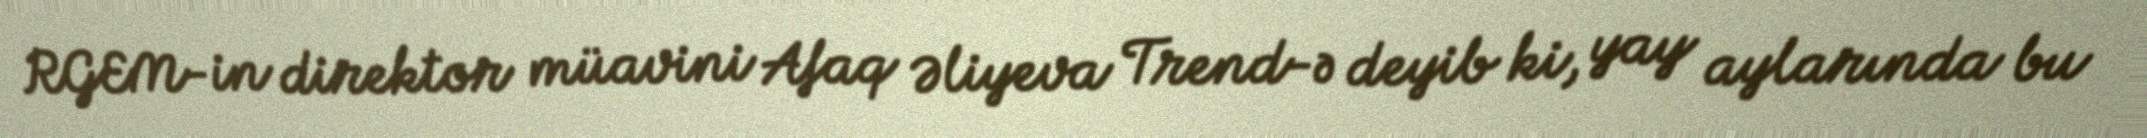
RGEM-in direktor müavini Afaq Əliyeva Trend-ə deyib ki, yay aylarında bu